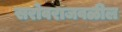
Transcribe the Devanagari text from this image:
सरोवराजवळील